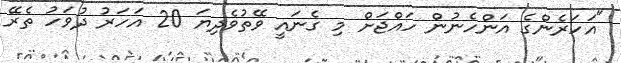
"އަހަރެންގެ އަންހެނުން ހައްޖަށް މި ގެނައީ ވޭތުވެދިޔަ 20 އަހަރު ދުވަހު ތެރޭ